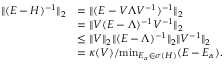
\begin{array} { r l } { \| ( E - H ) ^ { - 1 } \| _ { 2 } } & { = \| ( E - V \Lambda V ^ { - 1 } ) ^ { - 1 } \| _ { 2 } } \\ & { = \| V ( E - \Lambda ) ^ { - 1 } V ^ { - 1 } \| _ { 2 } } \\ & { \le \| V \| _ { 2 } \| ( E - \Lambda ) ^ { - 1 } \| _ { 2 } \| V ^ { - 1 } \| _ { 2 } } \\ & { = \kappa ( V ) / \mathrm { m i n } _ { E _ { \alpha } \in \sigma ( H ) } ( E - E _ { \alpha } ) . } \end{array}